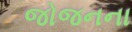
જોજનના